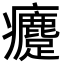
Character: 𤼗